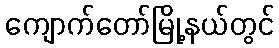
ကျောက်တော်မြို့နယ်တွင်